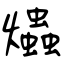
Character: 爞